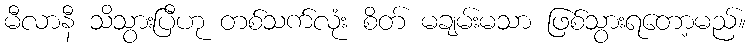
မီလာနီ သိသွားပြီဟု တစ်သက်လုံး စိတ် မချမ်းမသာ ဖြစ်သွားရတော့မည်။